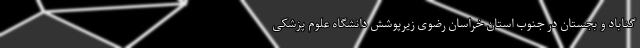
گناباد و بجستان در جنوب استان خراسان رضوی زیرپوشش دانشگاه علوم پزشکی